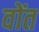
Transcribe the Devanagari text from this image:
वोंत